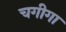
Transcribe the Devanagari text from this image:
चगीगा